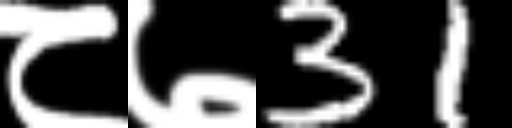
Text: ८७31